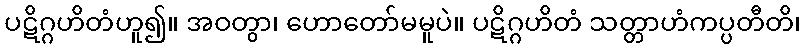
ပဋိဂ္ဂဟိတံဟူ၍။ အဝတွာ၊ ဟောတော်မမူပဲ။ ပဋိဂ္ဂဟိတံ သတ္တာဟံကပ္ပတီတိ၊